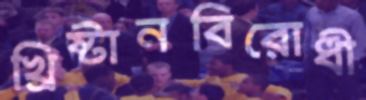
খ্রিষ্টানবিরোধী